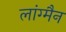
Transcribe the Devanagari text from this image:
लांग्मैन